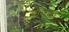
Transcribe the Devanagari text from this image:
वनिचा